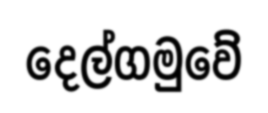
දෙල්ගමුවේ